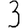
Digit: 3